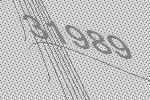
31989